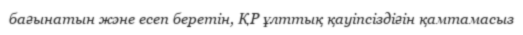
бағынатын және есеп беретін, ҚР ұлттық қауіпсіздіғін қамтамасыз